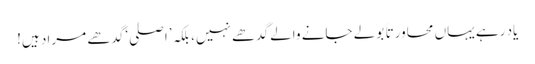
یاد رہے یہاں محاورتا ً بولے جانے والے گدھے نہیں، بلکہ ’اصلی‘ گدھے مراد ہیں!